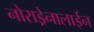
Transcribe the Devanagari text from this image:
नोराड्रेनालाईन